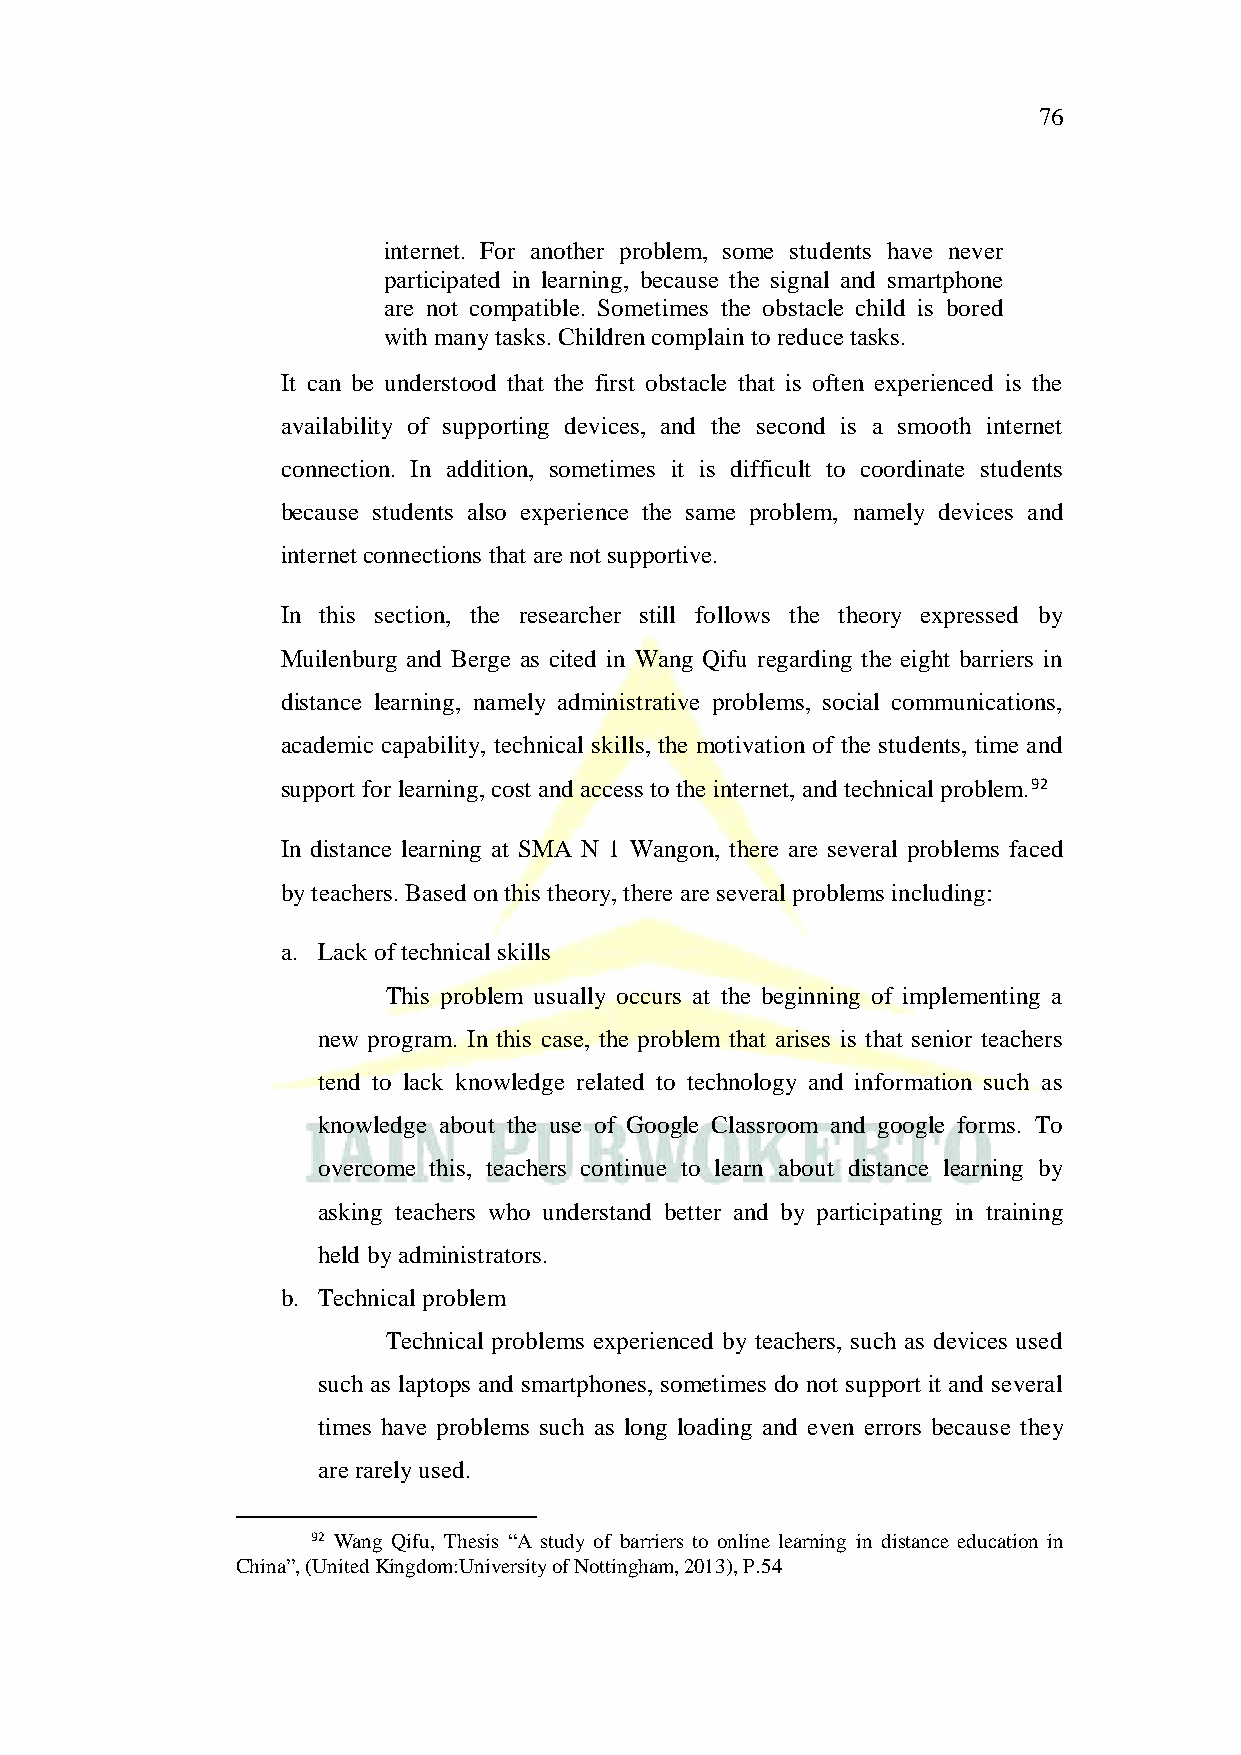
76
 internet. For another problem, some students have never
 participated in learning, because the signal and smartphone
 are not compatible. Sometimes the obstacle child is bored
 with many tasks. Children complain to reduce tasks.
 It can be understood that the first obstacle that is often experienced is the
 availability of supporting devices, and the second is a smooth internet
 connection. In addition, sometimes it is difficult to coordinate students
 because students also experience the same problem, namely devices and
 internet connections that are not supportive.
 In this section, the researcher still follows the theory expressed by
 Muilenburg and Berge as cited in Wang Qifu regarding the eight barriers in
 distance learning, namely administrative problems, social communications,
 academic capability, technical skills, the motivation of the students, time and
 support for learning, cost and access to the internet, and technical problem.92
 In distance learning at SMA N 1 Wangon, there are several problems faced
 by teachers. Based on this theory, there are several problems including:
 a. Lack of technical skills
 This problem usually occurs at the beginning of implementing a
 new program. In this case, the problem that arises is that senior teachers
 tend to lack knowledge related to technology and information such as
 knowledge about the use of Google Classroom and google forms. To
 overcome this, teachers continue to learn about distance learning by
 asking teachers who understand better and by participating in training
 held by administrators.
 b. Technical problem
 Technical problems experienced by teachers, such as devices used
 such as laptops and smartphones, sometimes do not support it and several
 times have problems such as long loading and even errors because they
 are rarely used.
 92 Wang Qifu, Thesis “A study of barriers to online learning in distance education in
 China”, (United Kingdom:University of Nottingham, 2013), P.54